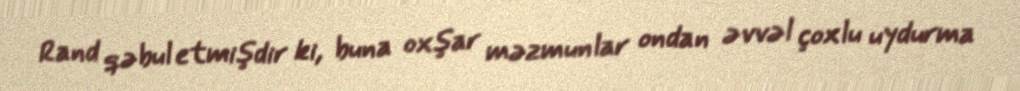
Rand qəbul etmişdir ki, buna oxşar məzmunlar ondan əvvəl çoxlu uydurma